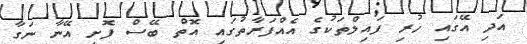
އަދި އޭގައި ހުރި ފައިލްތަކުގެ އެއްފަރާތުގައި އޮތް ބޭސް ފޮށި އޭނާ ނަގާ